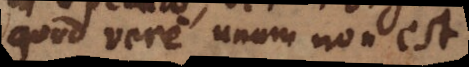
quod vere unum non est.